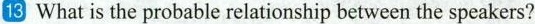
13 What is the probable relationship between the speakers?